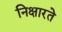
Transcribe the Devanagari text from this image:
निक्षारते